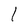
Character: I